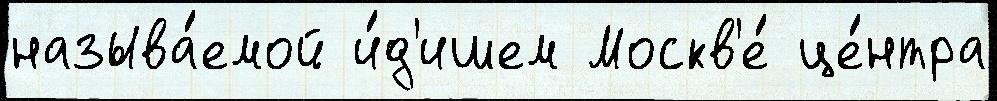
называ́емой и́д'ишем Москв'е́ це́нтра